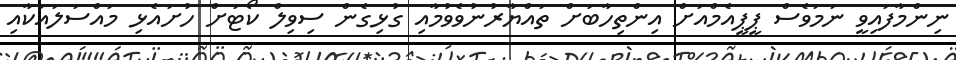
ނިންމާފައިވީ ނަމަވެސް ޕީޕީއެމްއަށް އިންތިހާބަށް ތައްޔާރުނުވެވުމާއި ގުޅިގެން ސިވިލް ކޯޓަށް ހުށައެޅި މައްސަލައަކާއި